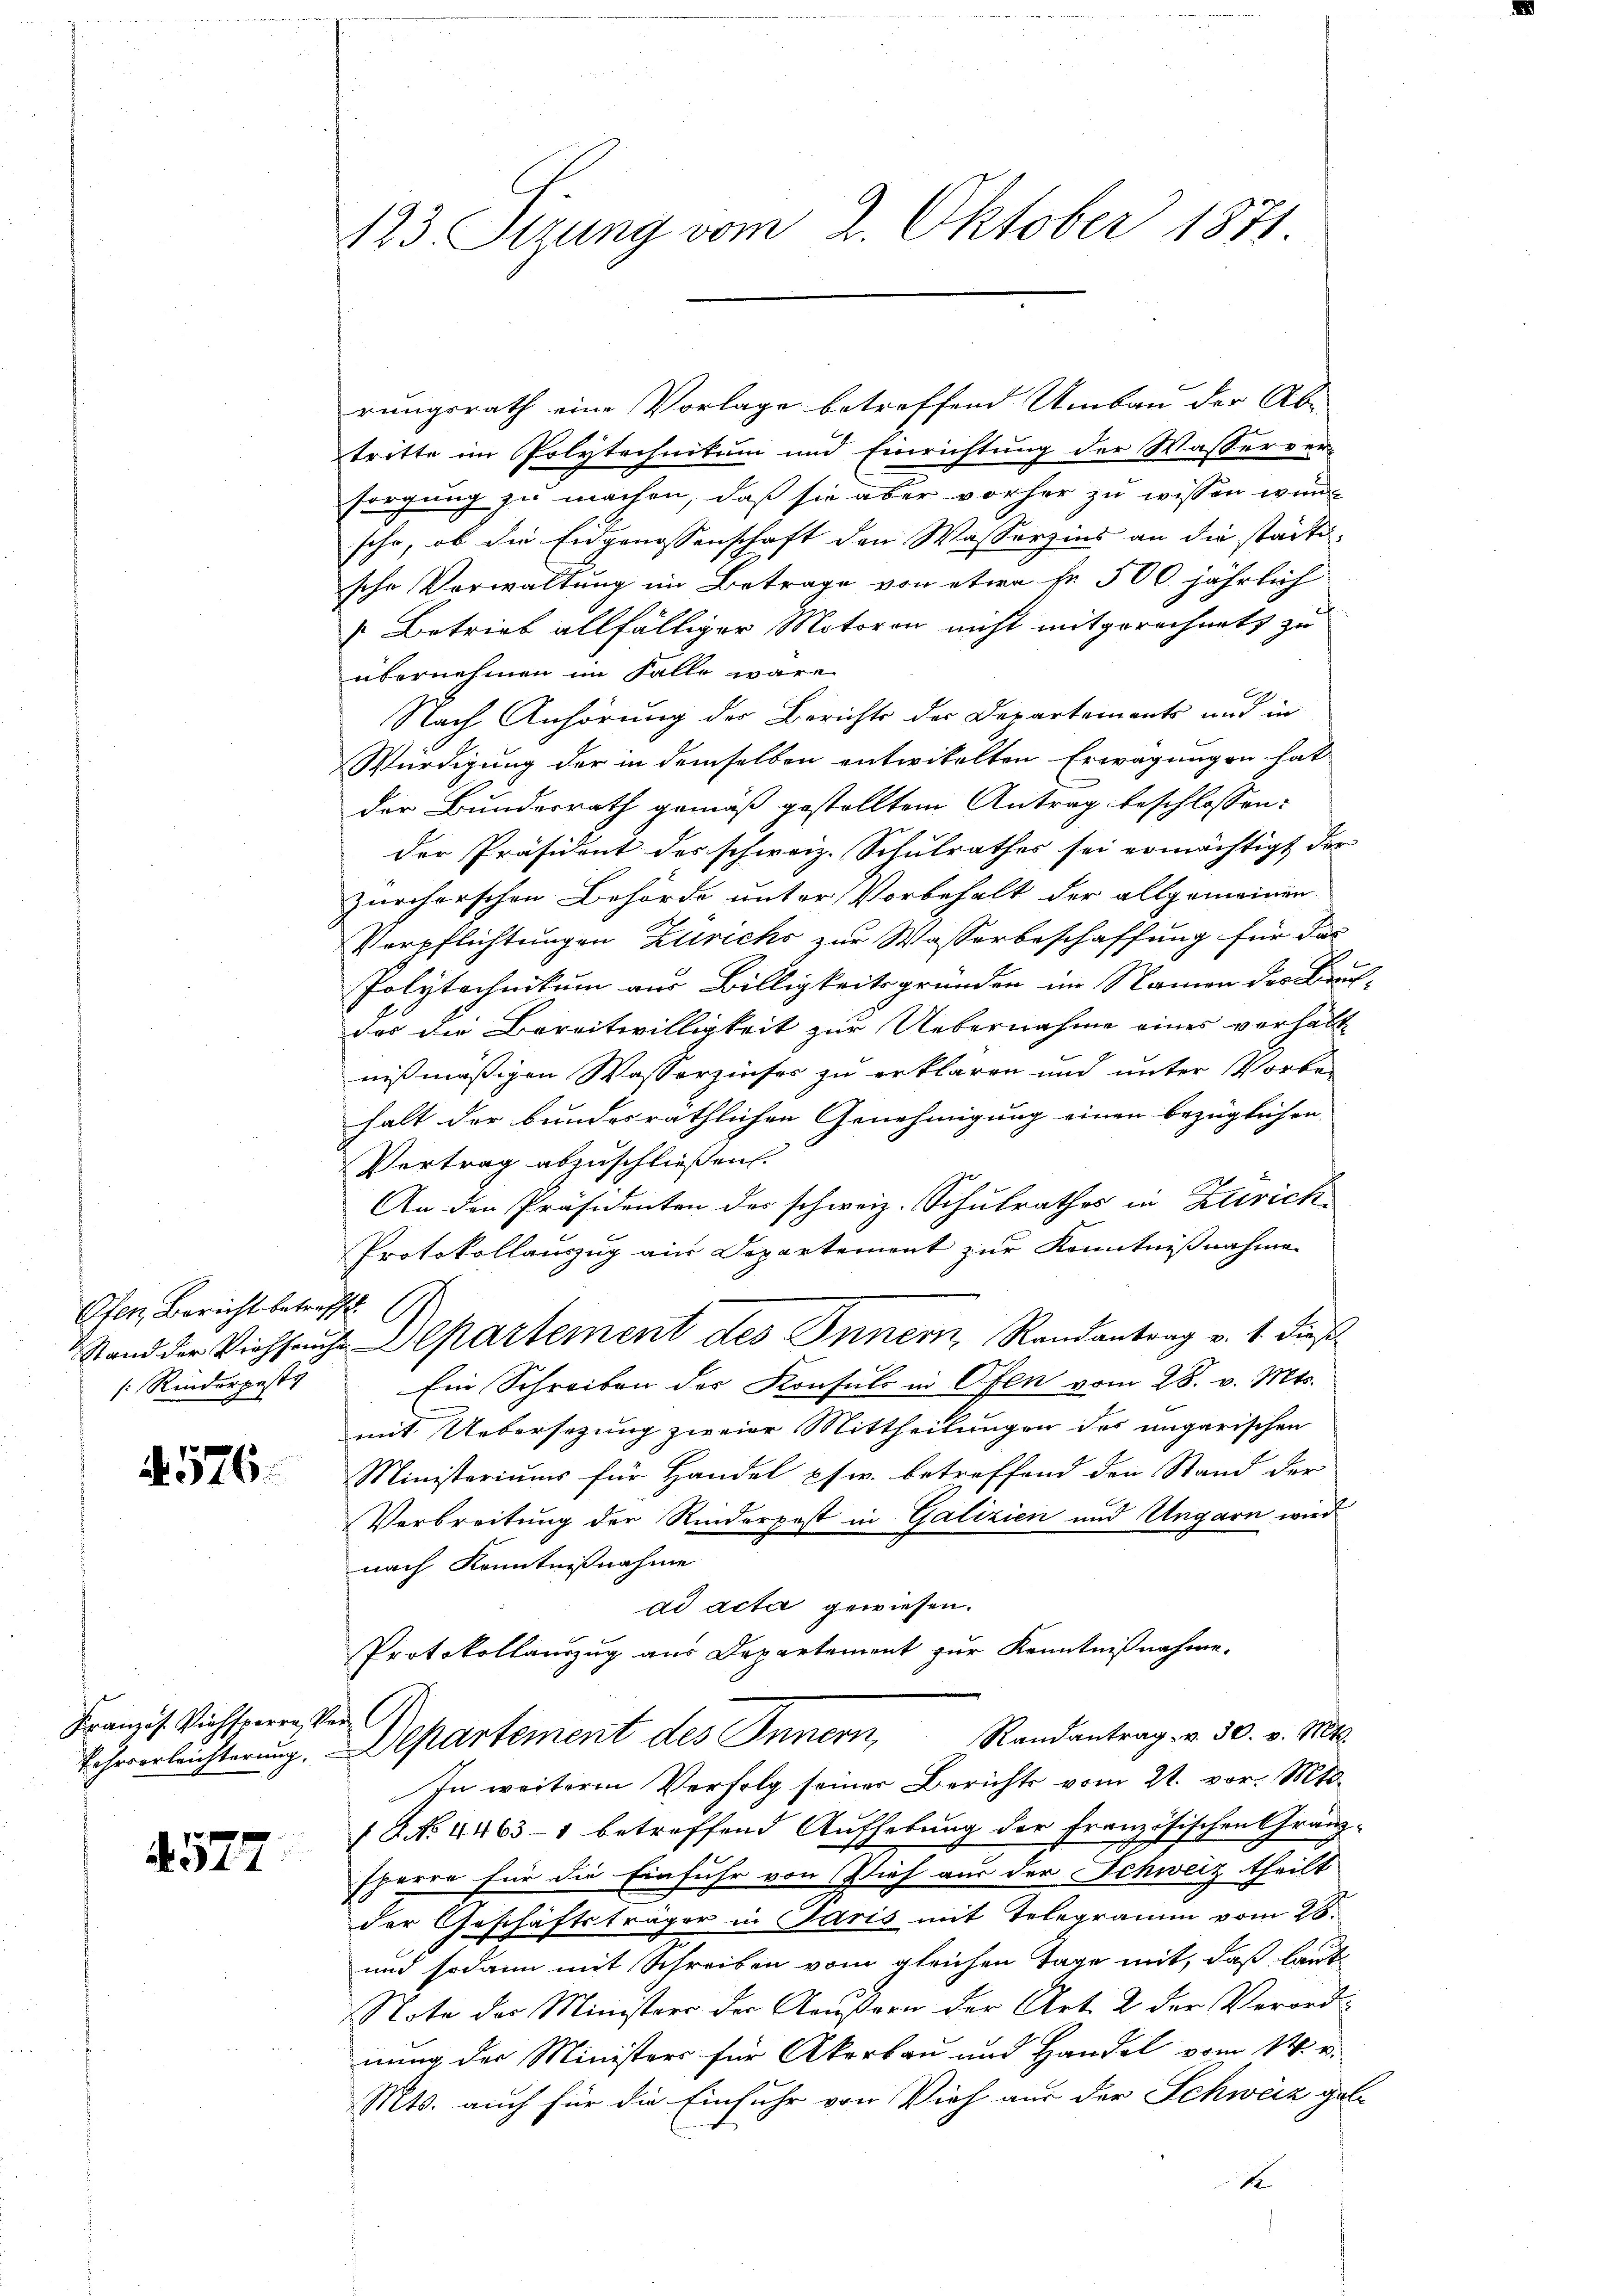
Ofen, Bericht betrafft.
Stand der Viehsein
/: Rinderpesti

. 576.

Französ. Viehsparen Ver

4577

123. Sizung vom 2. Oktober 1871.

rungsrath eine Vorlage betreffend Umbau der Ab-
tritte im Polytechnikum und Einrichtung der Wasserver-
sorgung zu machen, daß sie aber vorher zu wissen wunsehr, ob die Eidgenossenschaft den Wasserzins an die starti-
sche Verwaltung im Betrage von etwa Fr. 500 jährlich
Betrieb allfälliger Motoren nicht mitgerechnet zu
übernehmen im Falle wäre
h
Nach Anhörung des Berichts der Departements und in
Würdigung der in demselben entwikelten Erwägungen hat
der Bundesrath gemäß gestellten Antrag beschlossen:
der Präsident des schweiz. Schulrathes sei ermächtigt der
zürchorschen Behörde unter Vorbehalt der allgemeinen
Verpflichtungen Zürichs zur Wasserbeschaffung für das
Polytechnikum aus Billigkeitsgründen im Namen der Bruch- |
das die Bereitwilligkeit zur Uebernahme eines verhält
nißmäßigen Wasserzinser zu erklären und unter Vorbe-
halt der bundesräthlichen Genehmigung einen bezüglichen
Vertrag abzuschließen.
An den Präsidenten des schweiz. Schulrathes in Zürich
Protokollauszug aus Departement zur Kenntnißnahme
2 Departement des Inner, Randantrag v. 1. dieß¬
Ein Schreiben der Konsuls in Ofen vom 28. v. Mts.
mit Uebersetzung zweier Mittheilungen des ungarischen
Ministeriums für Handel psw. betreffend den Stand der
Verbreitung der Rinderpost in Galizien und Ungarn wird
nach Kenntnißnahme
ad acta gewiesen.
Protokollauszug aus Departement zur Kenntnißnahme.
Randantrag v. 30. v. Mts.
Lehrverleichterung, partement des Innern,
In weitere Verfolg seiner Berichts vom 21. vor. Mts.
1 No 4463–1 betreffend Aufhebung der französischen Granz-
sparre für die Einfuhr von Dief aus der Schweiz theilt
der Geschäftsträger in Paris mit Telegramm vom 28.
und sodann mit Schreiben vom gleichen Tage mit, daß laut
Note der Ministers der Aeußern der Art. 2 der Verordnung der Ministers für Akerbau und Handel vom 14. v.
Mts. auch für die Einfuhr von Vieh aus der Schweiz gele
1